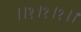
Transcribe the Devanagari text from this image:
।।१।१।१।।